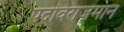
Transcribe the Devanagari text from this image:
पदविराजमान